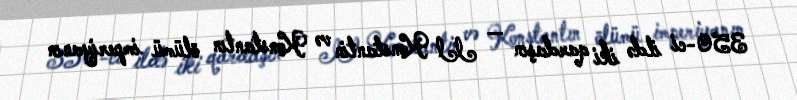
350-ci ildə iki qardaşın — II Konstantin və Konstantın ölümü imperiyanın